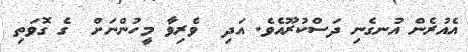
އެއުރެން އުނގެނި ދަސްކުރޫއެވެ. އަދި  ވެރިވާ މީހުންނަށް  ގެ ގޮވަތި